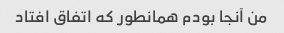
من آنجا بودم همانطور که اتفاق افتاد